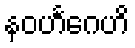
နဝဟင်္ဂေဟိ